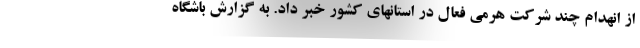
از انهدام چند شرکت هرمی فعال در استانهای کشور خبر داد. به گزارش باشگاه